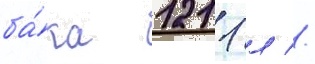
ба́ка 1211 л //